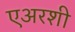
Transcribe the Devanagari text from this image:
एअरशी